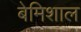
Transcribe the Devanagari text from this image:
बेमिशाल